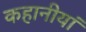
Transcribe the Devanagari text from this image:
कहानीयां